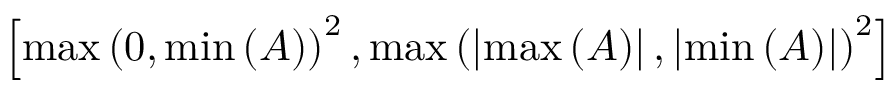
\left[ \operatorname* { m a x } \left( 0 , \operatorname* { m i n } \left( A \right) \right) ^ { 2 } , \operatorname* { m a x } \left( \left| \operatorname* { m a x } \left( A \right) \right| , \left| \operatorname* { m i n } \left( A \right) \right| \right) ^ { 2 } \right]